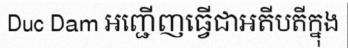
Duc Dam អញ្ជើញធ្វើជាអតីបតីក្នុង